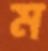
ম